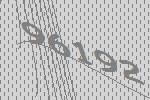
96192